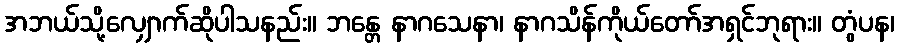
အဘယ်သို့လျှောက်ဆိုပါသနည်း။ ဘန္တေ နာဂသေနာ၊ နာဂသိန်ကိုယ်တော်အရှင်ဘုရား။ တွံပန၊